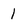
Character: 1